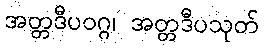
အတ္တဒီပဝဂ္ဂ၊ အတ္တဒီပသုတ်